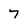
Character: 7